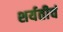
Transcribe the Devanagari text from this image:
शर्यतीचं